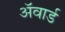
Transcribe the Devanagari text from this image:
अॅवार्ड